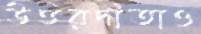
উত্তরদাতাও